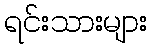
ရင်းသားများ